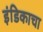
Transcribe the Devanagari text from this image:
इंडिकाचा